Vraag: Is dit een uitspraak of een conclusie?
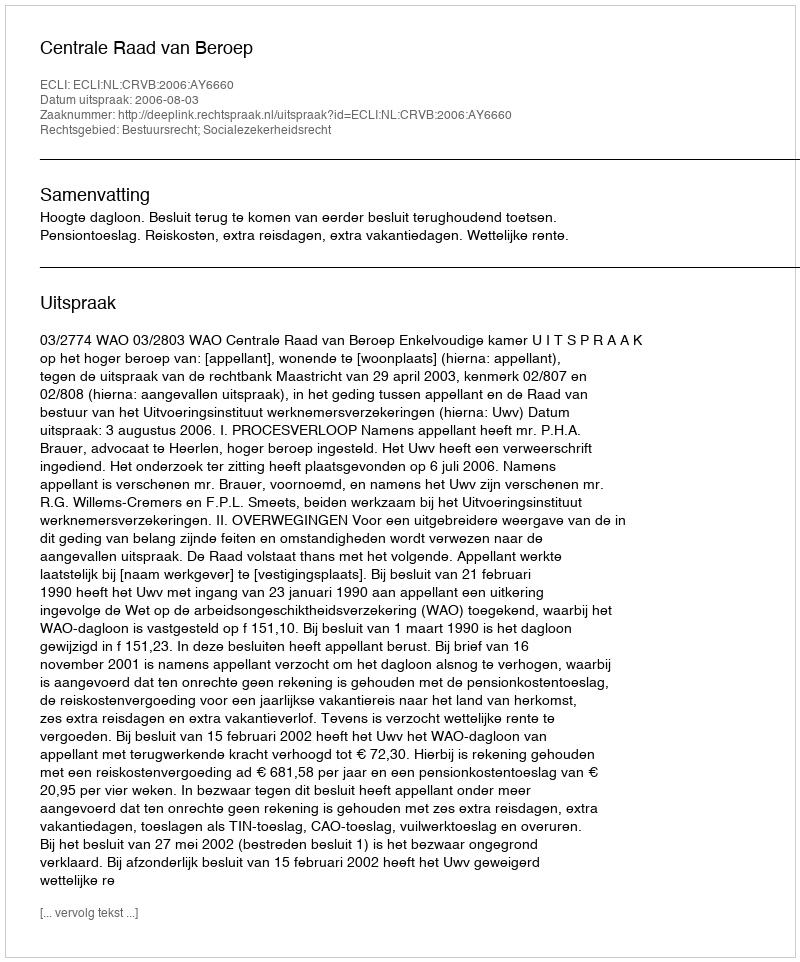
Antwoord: Uitspraak